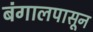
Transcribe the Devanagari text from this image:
बंगालपासून